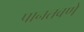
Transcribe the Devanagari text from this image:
पानतवणे